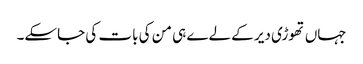
جہاں تھوڑی دیر کے لےے ہی من کی بات کی جاسکے۔